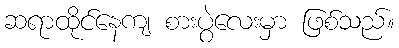
ဆရာထိုင်နေကျ စားပွဲလေးမှာ ဖြစ်သည်။